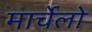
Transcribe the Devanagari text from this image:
मार्चेलो